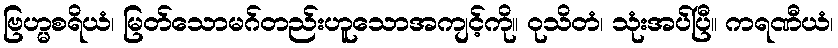
ဗြဟ္မစရိယံ၊ မြတ်သောမဂ်တည်းဟူသောအကျင့်ကို။ ဝုသိတံ၊ သုံးအပ်ပြီ။ ကရဏီယံ၊